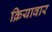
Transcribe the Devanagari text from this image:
क्रियावार